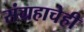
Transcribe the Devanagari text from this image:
संग्रहाचेही